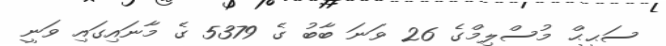
ސަޙީޙް މުސްލިމްގެ 26 ވަނަ ބާބު ގެ 5379 ގެ މާނައިގައި ވަނީ